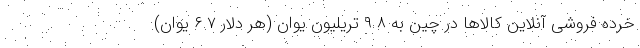
خرده فروشی آنلاین کالاها در چین به ۹.۸ تریلیون یوان (هر دلار ۶.۷ یوان)